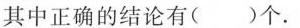
其中正确的结论有( )个.